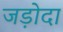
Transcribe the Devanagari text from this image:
जड़ोदा